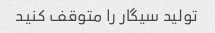
تولید سیگار را متوقف کنید